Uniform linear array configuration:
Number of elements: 8
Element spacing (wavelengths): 1
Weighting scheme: blackman
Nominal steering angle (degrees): -60
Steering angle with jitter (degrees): -58.901
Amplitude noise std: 0.05
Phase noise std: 0.05

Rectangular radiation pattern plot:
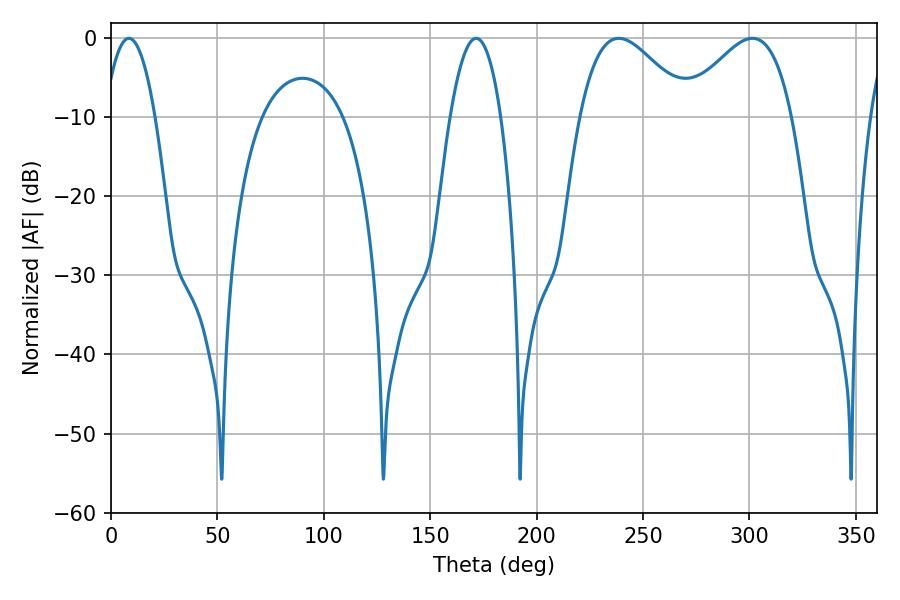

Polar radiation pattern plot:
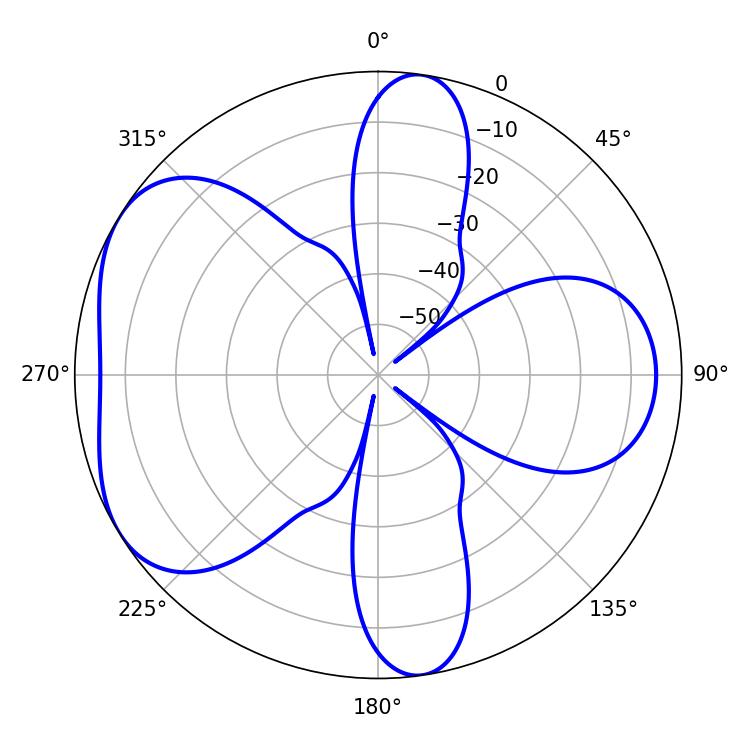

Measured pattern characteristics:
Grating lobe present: TRUE
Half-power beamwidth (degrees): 27.54
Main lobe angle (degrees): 238.68